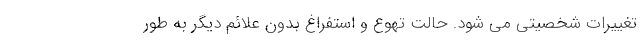
تغییرات شخصیتی می شود. حالت تهوع و استفراغ بدون علائم دیگر به طور